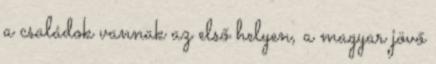
a családok vannak az első helyen, a magyar jövő